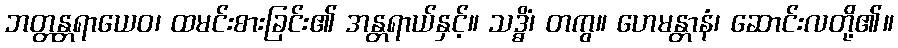
ဘတ္တန္တရာယေဝ၊ ထမင်းစားခြင်း၏ အန္တရာယ်နှင့်။ သဒ္ဓိံ၊ တကွ။ ဟေမန္တာနံ၊ ဆောင်းလတို့၏။